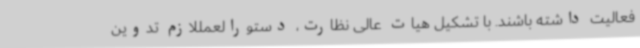
فعالیت داشته باشند. با تشکیل هیات عالی نظارت، دستورالعمللازم تدوین